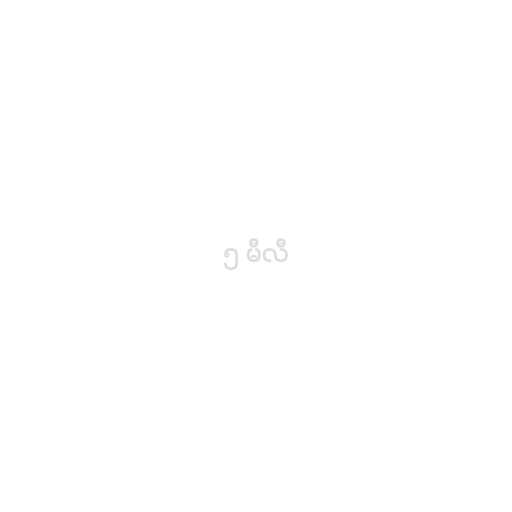
၅ မီလီ